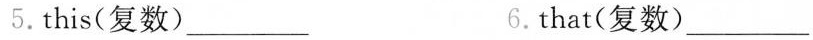
5.this(复数)___ 6.that(复数)___